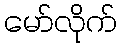
မော်လိုက်